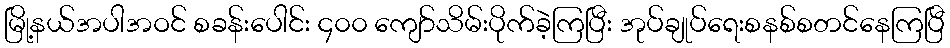
မြို့နယ်အပါအဝင် စခန်းပေါင်း ၄၀၀ ကျော်သိမ်းပိုက်ခဲ့ကြပြီး အုပ်ချုပ်ရေးစနစ်စတင်နေကြပြီ